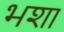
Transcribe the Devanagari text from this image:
भशा